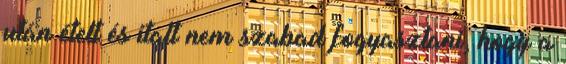
után ételt és italt nem szabad fogyasztani, hogy a